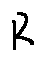
R